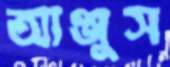
আঞ্জুস